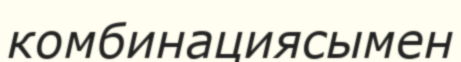
комбинациясымен